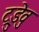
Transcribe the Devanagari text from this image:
ट्रुडेवु